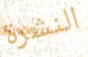
النشرة